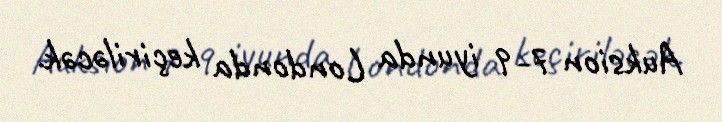
Auksion 7-9 iyunda Londonda keçiriləcək.